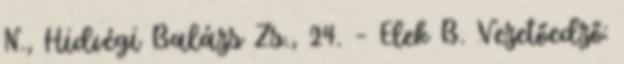
N., Hidvégi Balázs Zs., 24. – Elek B. Vezetőedző: